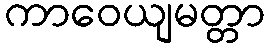
ကာဝေယျမတ္တာ